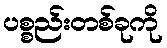
ပစ္စည်းတစ်ခုကို